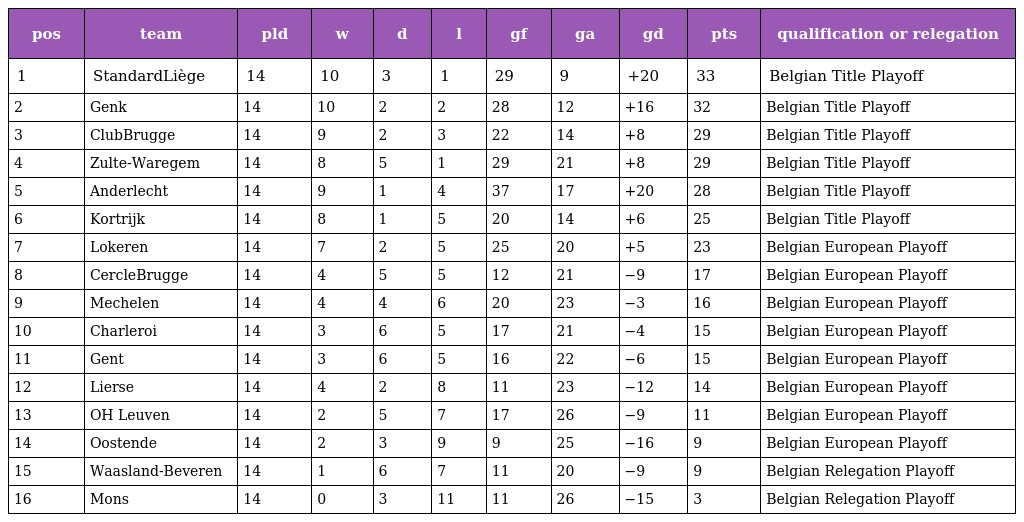
| pos | team | pld | w | d | l | gf | ga | gd | pts | qualification or relegation |
 | --- | --- | --- | --- | --- | --- | --- | --- | --- | --- | --- |
 | 1 | StandardLiège | 14 | 10 | 3 | 1 | 29 | 9 | +20 | 33 | Belgian Title Playoff |
 | 2 | Genk | 14 | 10 | 2 | 2 | 28 | 12 | +16 | 32 | Belgian Title Playoff |
 | 3 | ClubBrugge | 14 | 9 | 2 | 3 | 22 | 14 | +8 | 29 | Belgian Title Playoff |
 | 4 | Zulte-Waregem | 14 | 8 | 5 | 1 | 29 | 21 | +8 | 29 | Belgian Title Playoff |
 | 5 | Anderlecht | 14 | 9 | 1 | 4 | 37 | 17 | +20 | 28 | Belgian Title Playoff |
 | 6 | Kortrijk | 14 | 8 | 1 | 5 | 20 | 14 | +6 | 25 | Belgian Title Playoff |
 | 7 | Lokeren | 14 | 7 | 2 | 5 | 25 | 20 | +5 | 23 | Belgian European Playoff |
 | 8 | CercleBrugge | 14 | 4 | 5 | 5 | 12 | 21 | −9 | 17 | Belgian European Playoff |
 | 9 | Mechelen | 14 | 4 | 4 | 6 | 20 | 23 | −3 | 16 | Belgian European Playoff |
 | 10 | Charleroi | 14 | 3 | 6 | 5 | 17 | 21 | −4 | 15 | Belgian European Playoff |
 | 11 | Gent | 14 | 3 | 6 | 5 | 16 | 22 | −6 | 15 | Belgian European Playoff |
 | 12 | Lierse | 14 | 4 | 2 | 8 | 11 | 23 | −12 | 14 | Belgian European Playoff |
 | 13 | OH Leuven | 14 | 2 | 5 | 7 | 17 | 26 | −9 | 11 | Belgian European Playoff |
 | 14 | Oostende | 14 | 2 | 3 | 9 | 9 | 25 | −16 | 9 | Belgian European Playoff |
 | 15 | Waasland-Beveren | 14 | 1 | 6 | 7 | 11 | 20 | −9 | 9 | Belgian Relegation Playoff |
 | 16 | Mons | 14 | 0 | 3 | 11 | 11 | 26 | −15 | 3 | Belgian Relegation Playoff |